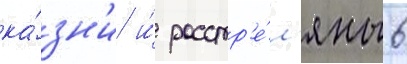
ка́зн'и и́ расстр'е́л'яны 6